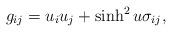
LaTeX: \begin{align*} g_{ij}=u_iu_j+\sinh^2 u \sigma_{ij},\end{align*}